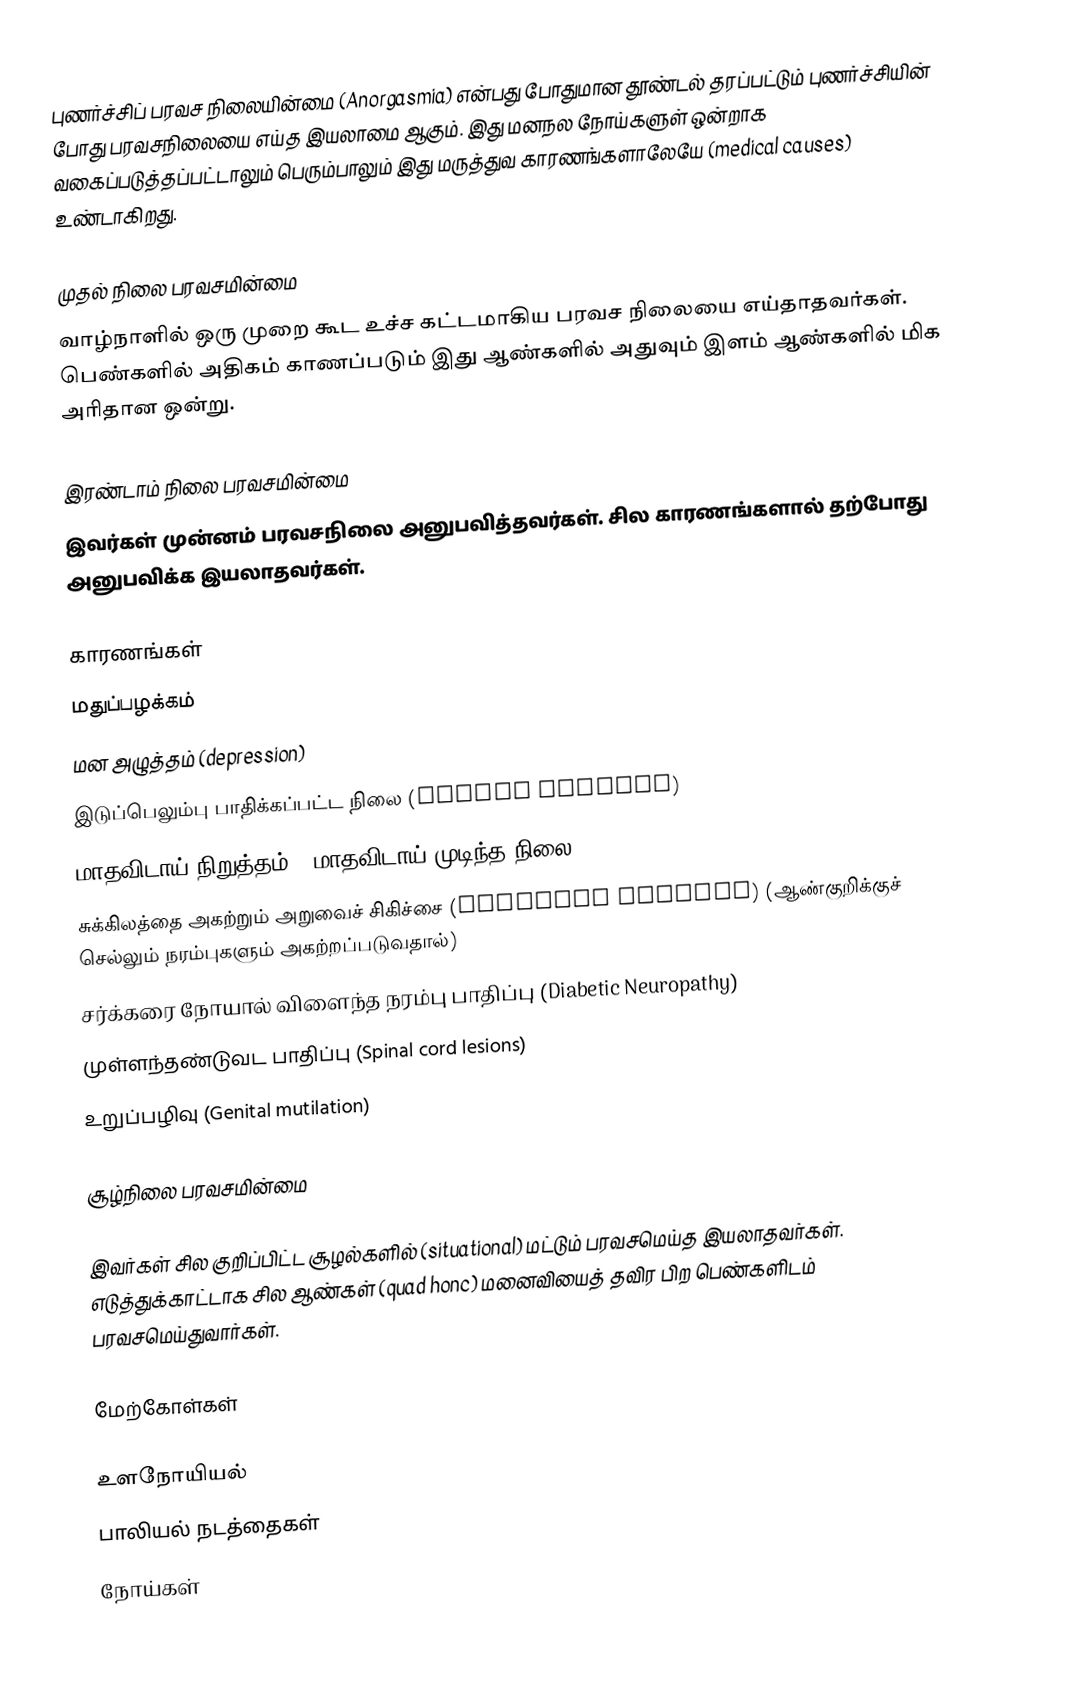
புணர்ச்சிப் பரவச நிலையின்மை (Anorgasmia) என்பது போதுமான தூண்டல் தரப்பட்டும் புணர்ச்சியின் போது பரவசநிலையை எய்த இயலாமை ஆகும். இது மனநல நோய்களுள் ஒன்றாக வகைப்படுத்தப்பட்டாலும் பெரும்பாலும் இது மருத்துவ காரணங்களாலேயே (medical causes) உண்டாகிறது.

முதல் நிலை பரவசமின்மை
வாழ்நாளில் ஒரு முறை கூட உச்ச கட்டமாகிய பரவச நிலையை எய்தாதவர்கள். பெண்களில் அதிகம் காணப்படும் இது ஆண்களில் அதுவும் இளம் ஆண்களில் மிக அரிதான ஒன்று.

இரண்டாம் நிலை பரவசமின்மை
இவர்கள் முன்னம் பரவசநிலை அனுபவித்தவர்கள். சில காரணங்களால் தற்போது அனுபவிக்க இயலாதவர்கள்.

காரணங்கள்
 மதுப்பழக்கம்
 மன அழுத்தம் (depression)
 இடுப்பெலும்பு பாதிக்கப்பட்ட நிலை (Pelvic surgery)
 மாதவிடாய் நிறுத்தம் - மாதவிடாய் முடிந்த நிலை (menopause)
 சுக்கிலத்தை அகற்றும் அறுவைச் சிகிச்சை (Prostate Removal) (ஆண்குறிக்குச் செல்லும் நரம்புகளும் அகற்றப்படுவதால்)
 சர்க்கரை நோயால் விளைந்த நரம்பு பாதிப்பு (Diabetic Neuropathy)
 முள்ளந்தண்டுவட பாதிப்பு (Spinal cord lesions)
 உறுப்பழிவு (Genital mutilation)

சூழ்நிலை பரவசமின்மை

இவர்கள் சில குறிப்பிட்ட சூழல்களில் (situational) மட்டும் பரவசமெய்த இயலாதவர்கள். எடுத்துக்காட்டாக சில ஆண்கள் (quad honc) மனைவியைத் தவிர பிற பெண்களிடம் பரவசமெய்துவார்கள்.

மேற்கோள்கள்

உளநோயியல்
பாலியல் நடத்தைகள்
நோய்கள்